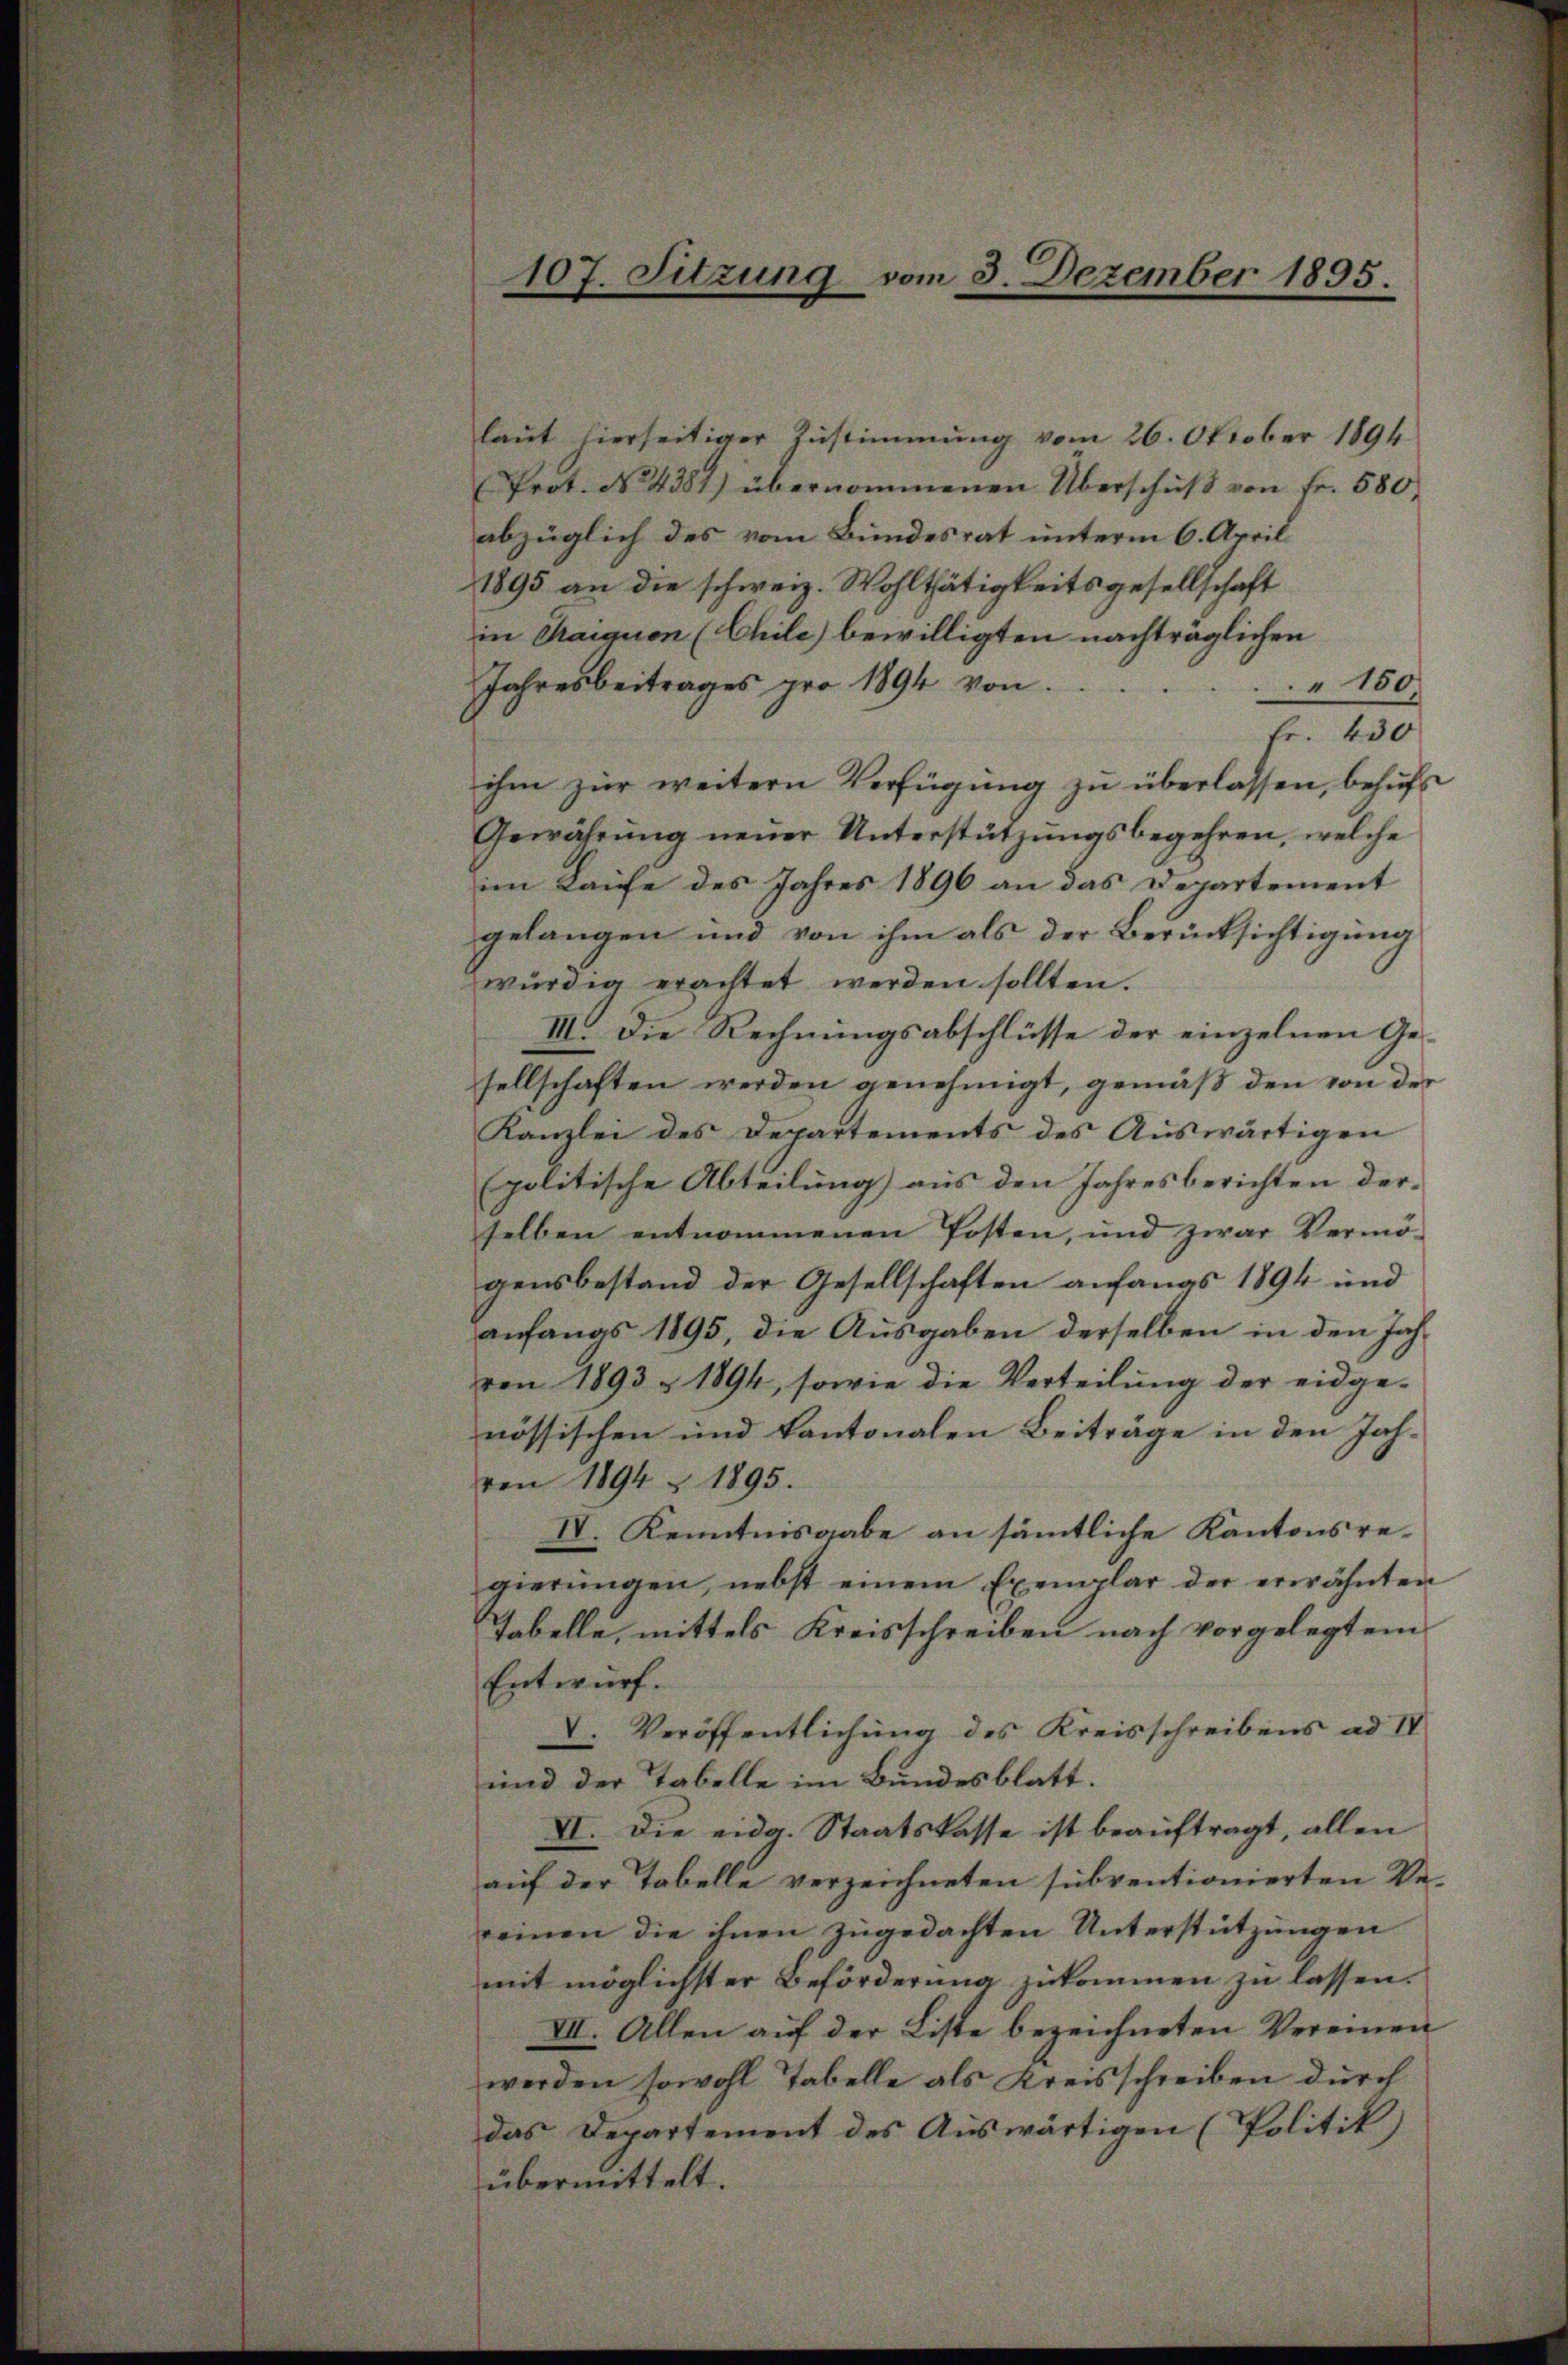
107. Sitzung vom 3. Dezember 1895.

laŭt hierseitiger Zustimmung vom 26. Oktober 1894
Prot. No. 4381) übernommenen Überschŭβ von fr. 580,
abzüglich des vom Bundesrat unterm 6. April
1895 an die schweiz. Wohlthätigkeitsgesellschaft
in Tragion (Chile) bewilligten nachträglichen
Jahresbeitrages pro 1894 von
" 150
Fr. 430
ihm zur weitern Verfügung zu überlassen, behufs
Gewährung neuer Unterstützungsbegehren, welche
im Laufe des Jahres 1896 an das Departement
gelangen und von ihm als der Berücksichtigung
würdig erachtet werden sollten.
III. Die Rechnungsabschlüsse der einzelnen Gesellschaften werden genehmigt, gemäß den von der
Kanzlei des Departements des Auswärtigen
politische Abteilung) aus den Jahresberichten der- |
selben entnommenen Posten, und zwar Vermö-
gensbestand der Gesellschaften anfangs 1894 und
anfangs 1895, die Ausgaben derselben in den Jahren 1893 § 1894, sowie die Verteilŭng der eidge-
nössischen und kantonalen Beiträge in den Jahren 1894 § 1895.
IV. Kenntnisgabe an sämtliche Kantonsregierŭngen, nebst einem Exemplar der erwähnten
Tabelle, mittels Kreisschreiben nach vorgelegtem
Entwurf.
V. Veröffentlichung des Kreisschreibens ad IV
und der Tabelle im Bundesblatt.
VI. Die eidg. Staatskasse ist beauftragt, allen
auf der Tabelle verzeichneten subventionierten Vereinen die ihnen zugedachten Unterstützungen
mit möglichster Beförderung zukommen zu lassen.
VII. Allen auf der Liste bezeichneten Vereinen
werden sowohl Tabelle als Kreisschreiben durch
das Departement des Auswärtigen (Politik)
übermittelt.